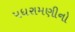
પધરામણીનો